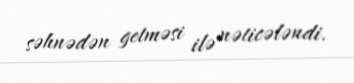
səhnədən getməsi ilə nəticələndi.